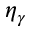
\eta _ { \gamma }